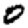
Digit: 0